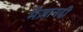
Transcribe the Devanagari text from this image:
मेज़ानदी